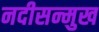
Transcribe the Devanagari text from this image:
नदीसन्मुख